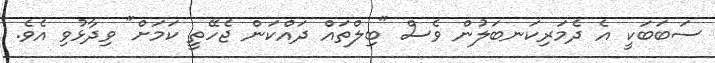
ސަބަބަކީ އެ ދެމަރިކަނބަލުން ވެސް "ބިލްތައް ދައްކަން ޖެހޭތީ ކަމަށް" ވިދާޅުވި އެވެ.